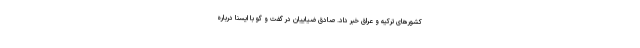
کشورهای ترکیه و عراق خبر داد. صادق ضیاییان در گفت و گو با ایسنا درباره